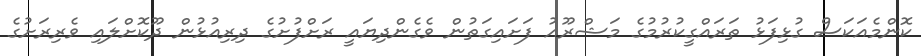
ކޮންމެއަކަސް ގުޅިފަޅު ތަރައްގީކުރުމުގެ މަޝްރޫއު ފަށައިގަތުން ވެގެންދިޔައީ ރަށްފުށުގެ ދިރިއުޅުން ދޫކޮށްލައި ވެރިރަށުގެ